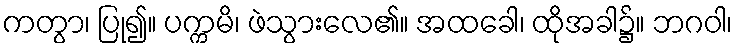
ကတွာ၊ ပြု၍။ ပက္ကမိ၊ ဖဲသွားလေ၏။ အထခေါ၊ ထိုအခါ၌။ ဘဂဝါ၊